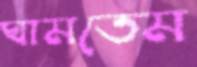
ঘামতেম